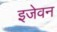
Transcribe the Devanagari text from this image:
इजेवन